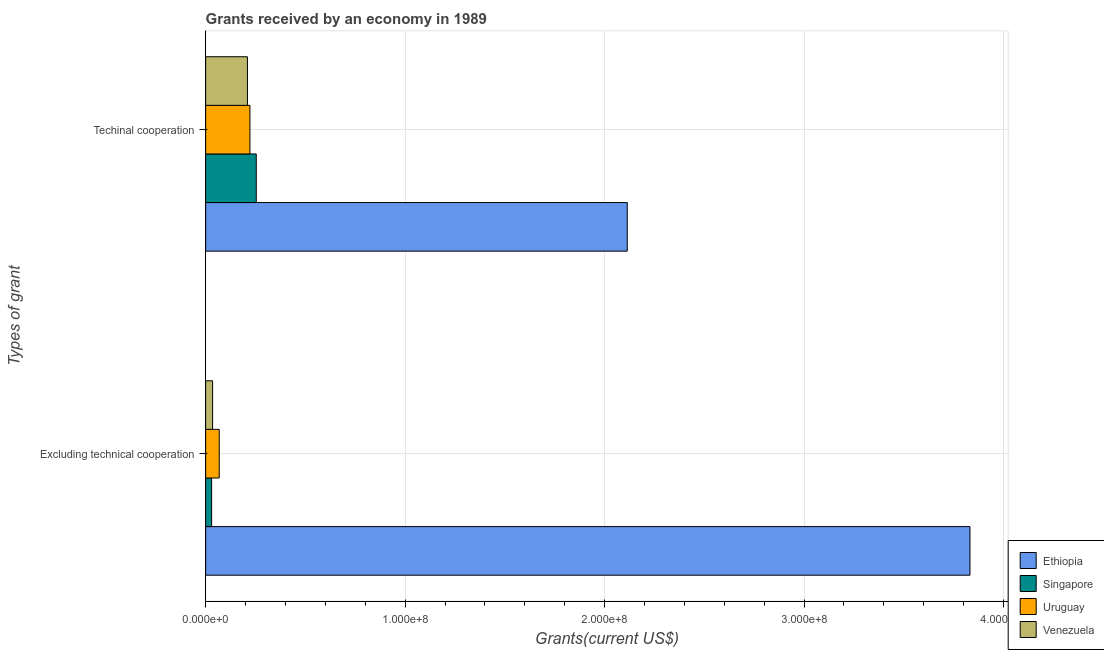
| Types of grant | Ethiopia | Singapore | Uruguay | Venezuela |
 | --- | --- | --- | --- | --- |
 | Excluding technical cooperation | 3.83e+08 | 3e+06 | 6.81e+06 | 3.5e+06 |
 | Techinal cooperation | 2.11e+08 | 2.54e+07 | 2.22e+07 | 2.1e+07 |